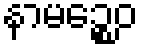
နာမဉ္စေဝ